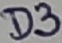
Text: D3